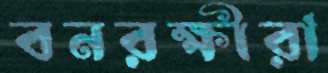
বনরক্ষীরা